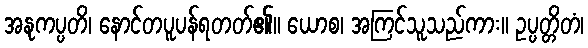
အနုကပ္ပတိ၊ နောင်တပူပန်ရတတ်၏။ ယောစ၊ အကြင်သူသည်ကား။ ဥပ္ပတ္တိတံ၊